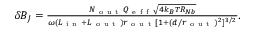
\begin{array} { r } { \delta B _ { J } = \frac { N _ { \mathrm { ~ o ~ u ~ t ~ } } Q _ { \mathrm { ~ e ~ f ~ f ~ } } \sqrt { 4 k _ { B } T R _ { N b } } } { \omega ( L _ { \mathrm { ~ i ~ n ~ } } + L _ { \mathrm { ~ o ~ u ~ t ~ } } ) r _ { \mathrm { ~ o ~ u ~ t ~ } } [ 1 + ( d / r _ { \mathrm { ~ o ~ u ~ t ~ } } ) ^ { 2 } ] ^ { 3 / 2 } } . } \end{array}